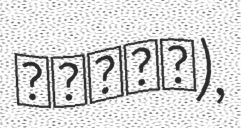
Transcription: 五福星撞鬼),